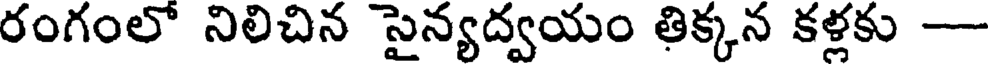
రంగంలో నిలిచిన సైన్యద్వయం తిక్కన కళ్లకు -